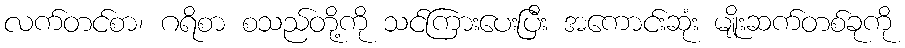
လက်တင်စာ၊ ဂရိစာ စသည်တို့ကို သင်ကြားပေးပြီး အကောင်းဆုံး မျိုးဆက်တစ်ခုကို